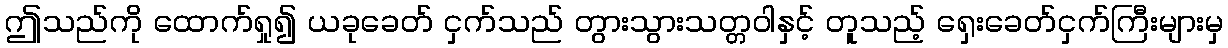
ဤသည်ကို ထောက်ရှု၍ ယခုခေတ် ငှက်သည် တွားသွားသတ္တဝါနှင့် တူသည့် ရှေးခေတ်ငှက်ကြီးများမှ